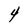
Character: 4